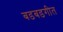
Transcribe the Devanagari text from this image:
बडबडगीत